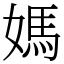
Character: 媽